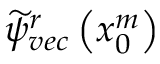
\widetilde { \psi } _ { v e c } ^ { r } \left( x _ { 0 } ^ { m } \right)